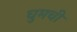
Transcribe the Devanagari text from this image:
घुमची